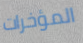
المؤخرات